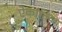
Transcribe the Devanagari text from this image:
ऐकांतिक